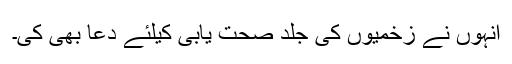
انہوں نے زخمیوں کی جلد صحت یابی کیلئے دعا بھی کی۔